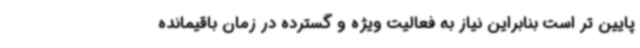
پایین تر است بنابراین نیاز به فعالیت ویژه و گسترده در زمان باقیمانده